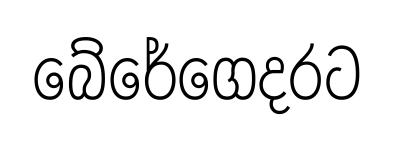
බේරේගෙදරට